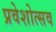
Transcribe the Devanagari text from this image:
प्रवेशोत्सव